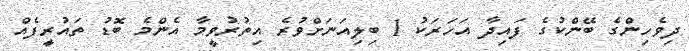
ދިވެހިންގެ ބޭންކުގެ ފައިދާ އަހަރަކު 1 ބިލިއަނަށްވުރެ އިތުރުވީމާ އެންމެ ބޮޑު ތައުރީފެއް